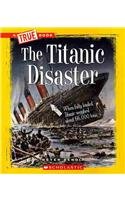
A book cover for The Titanic Disaster (True Books); Peter Benoit; Children's Books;